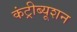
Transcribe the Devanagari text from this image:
कंट्रीब्यूशन